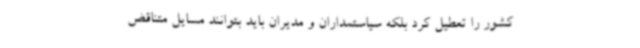
کشور را تعطیل کرد بلکه سیاستمداران و مدیران باید بتوانند مسایل متناقض